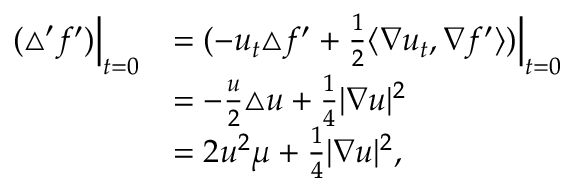
\begin{array} { r l } { ( \triangle ^ { \prime } f ^ { \prime } ) \Big | _ { t = 0 } } & { = ( - u _ { t } \triangle f ^ { \prime } + \frac { 1 } { 2 } \langle \nabla u _ { t } , \nabla f ^ { \prime } \rangle ) \Big | _ { t = 0 } } \\ & { = - \frac { u } { 2 } \triangle u + \frac { 1 } { 4 } | \nabla u | ^ { 2 } } \\ & { = 2 u ^ { 2 } \mu + \frac { 1 } { 4 } | \nabla u | ^ { 2 } , } \end{array}